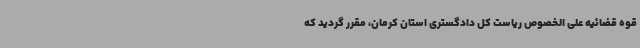
قوه قضائیه علی الخصوص ریاست کل دادگستری استان کرمان، مقرر گردید که